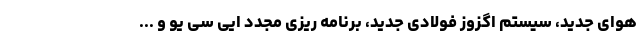
هوای جدید، سیستم اگزوز فولادی جدید، برنامه ریزی مجدد ایی سی یو و ...